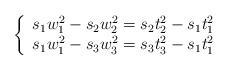
LaTeX: \begin{align*} \left\{\begin{array}{l}s_1 w_1^2 - s_2 w_2^2 = s_2 t_2^2 - s_1 t_1^2 \\s_1 w_1^2 - s_3 w_3^2 = s_3 t_3^2 - s_1 t_1^2\end{array}\right.\end{align*}